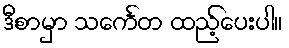
ဒီစာမှာ သင်္ကေတ ထည့်ပေးပါ။